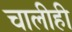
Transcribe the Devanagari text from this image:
चालीही